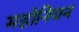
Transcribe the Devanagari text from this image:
महोनियन